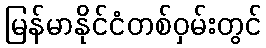
မြန်မာနိုင်ငံတစ်ဝှမ်းတွင်